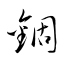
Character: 錮